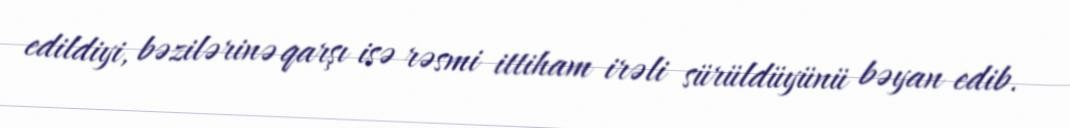
edildiyi, bəzilərinə qarşı isə rəsmi ittiham irəli sürüldüyünü bəyan edib.